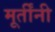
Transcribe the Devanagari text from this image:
मूर्तींनी